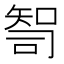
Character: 𰦙